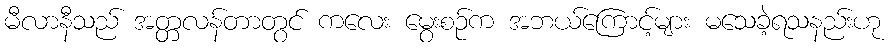
မီလာနီသည် အတ္တလန်တာတွင် ကလေး မွေးစဉ်က အဘယ်ကြောင့်များ မသေခဲ့ရသနည်းဟု